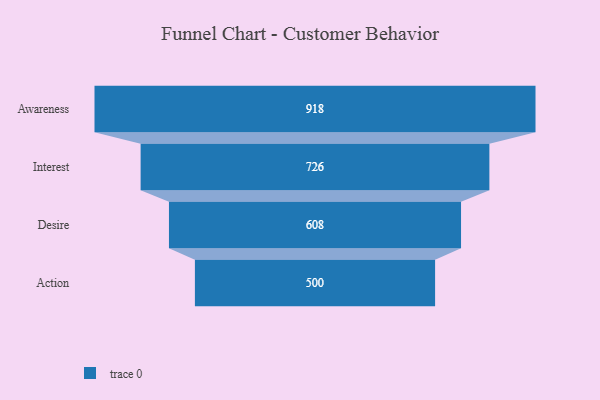
{"axis": {"x": "Stage", "y": "Value"}, "legend": [""], "data": [{"x": "Awareness", "y": 918.0, "type": ""}, {"x": "Interest", "y": 726.0, "type": ""}, {"x": "Desire", "y": 608.0, "type": ""}, {"x": "Action", "y": 500, "type": ""}]}